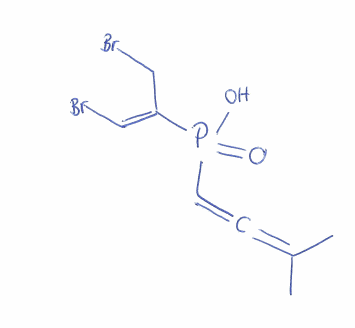
Simplified molecular-input line-entry system (SMILES) notation of the given molecule:
CC(=C=CP(=O)(/C(=C/Br)/CBr)O)C